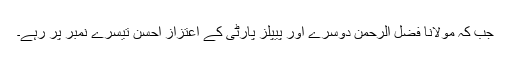
جب کہ مولانا فضل الرحمٰن دوسرے اور پیپلز پارٹی کے اعتزاز احسن تیسرے نمبر پر رہے۔